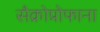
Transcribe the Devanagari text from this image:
सैक्रोप्रोफाना